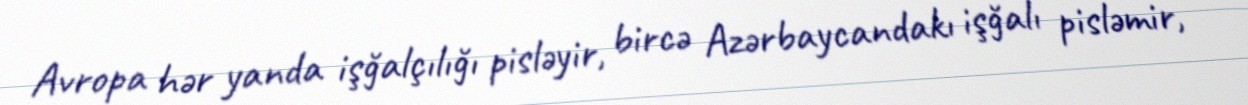
Avropa hər yanda işğalçılığı pisləyir, bircə Azərbaycandakı işğalı pisləmir,